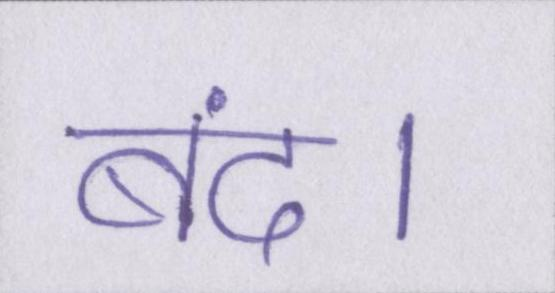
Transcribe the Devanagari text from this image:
बंद।